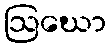
ဩဃော